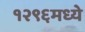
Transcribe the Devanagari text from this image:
१२९६मध्ये